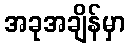
အခုအချိန်မှာ